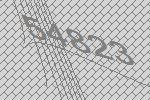
54823